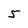
Character: 5